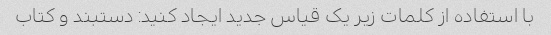
با استفاده از کلمات زیر یک قیاس جدید ایجاد کنید: دستبند و کتاب